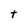
Character: t